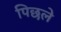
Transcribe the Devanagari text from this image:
पिछले